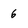
Character: 6